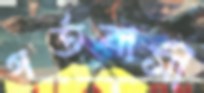
গর্তবাসী